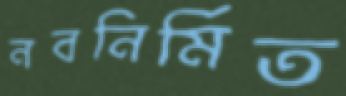
নবনির্মিত